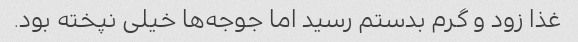
غذا زود و گرم بدستم رسید اما جوجه‌ها خیلی نپخته بود.